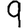
Digit: 9